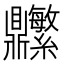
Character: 𬹬